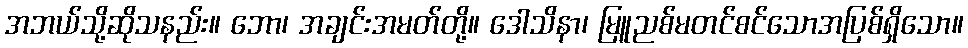
အဘယ်သို့ဆိုသနည်း။ ဘော၊ အချင်းအမတ်တို့။ ဒေါသိနာ၊ မြူညစ်မတင်စင်သောအပြစ်ရှိသော။